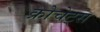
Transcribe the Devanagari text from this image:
क्रोचेट्स